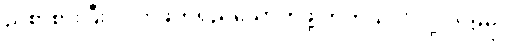
ညစာစားပြီး လက်ဖက်ရည်သောက်ဖို့ တကယ်လိုလို့လားဗျာ